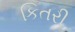
કિતરી